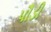
પૌડી